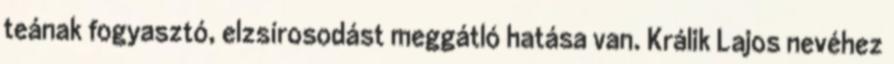
teának fogyasztó, elzsírosodást meggátló hatása van. Králik Lajos nevéhez